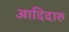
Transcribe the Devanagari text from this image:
आदिदारु